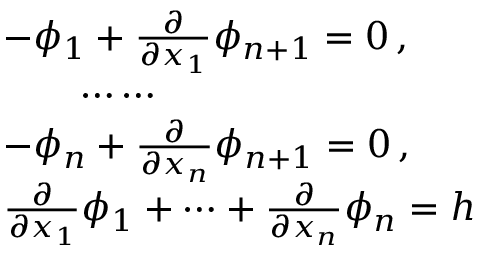
\begin{array} { r l } & { - \phi _ { 1 } + \frac { \partial } { \partial x _ { 1 } } \phi _ { n + 1 } = 0 \, , } \\ & { \qquad \cdots \cdots } \\ & { - \phi _ { n } + \frac { \partial } { \partial x _ { n } } \phi _ { n + 1 } = 0 \, , } \\ & { \frac { \partial } { \partial x _ { 1 } } \phi _ { 1 } + \cdots + \frac { \partial } { \partial x _ { n } } \phi _ { n } = h } \end{array}